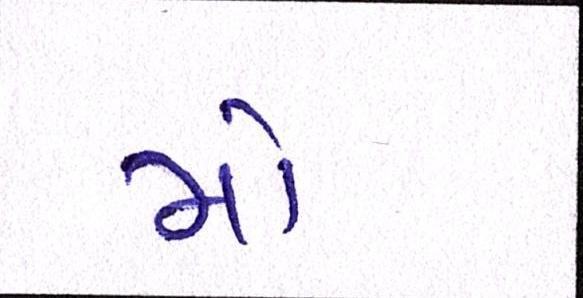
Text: મો